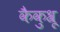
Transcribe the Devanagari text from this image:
कैकुश्रू